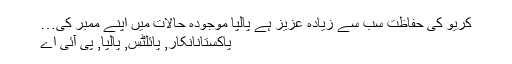
کریو کی حفاظت سب سے زیادہ عزیز ہے پالپا موجودہ حالات میں اپنے ممبر کی…
پاکستانانکار, پائلٹس, پالپا, پی آئی اے